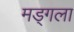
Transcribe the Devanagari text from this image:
मड्गला